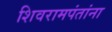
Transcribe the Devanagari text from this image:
शिवरामपंतांना